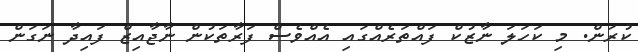
ކުރަން. މި ކަހަލަ ނާޒުކް ފައްތަރެއްގައި އެއްވެސް ފަރާތަކުން ނާޖާއިޒް ފައިދާ ނަގަން